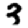
Digit: 3